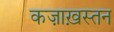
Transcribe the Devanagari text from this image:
कज़ाख़स्तन